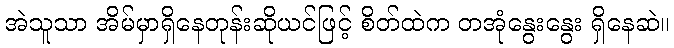
အဲသူသာ အိမ်မှာရှိနေတုန်းဆိုယင်ဖြင့် စိတ်ထဲက တအုံနွေးနွေး ရှိနေဆဲ။